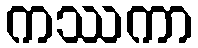
ကဿကာ